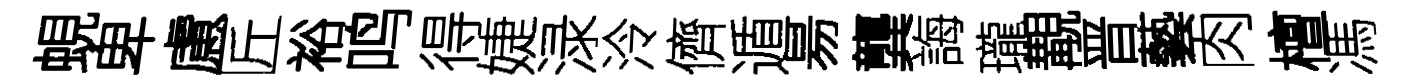
蜆卑慮匠裕鸣得婕渌泠儕遁昜龔誨瓏覯晋藝肉檀馮